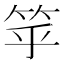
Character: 𥬏